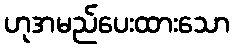
ဟုအမည်ပေးထားသော